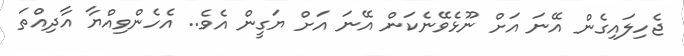
ޖެހިލައިގެން އޭނަ އަށް ނޫޅެވޭނެކަން އޭނަ އަށް ޔަގީން އެވެ.. އެހެންވިއްޔާ އާދިއްތަ